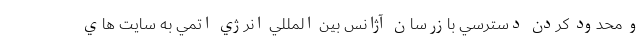
و محدود کردن دسترسي بازرسان آژانس بين المللي انرژي اتمي به سايت هاي